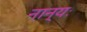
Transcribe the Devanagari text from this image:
नान्यः